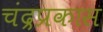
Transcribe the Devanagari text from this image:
चंद्रप्रकास